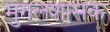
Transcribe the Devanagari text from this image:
मुगलशासक